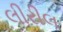
લીરીલ